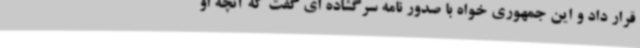
قرار داد و این جمهوری خواه با صدور نامه سرگشاده ای گفت که آنچه او